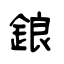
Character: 鋃